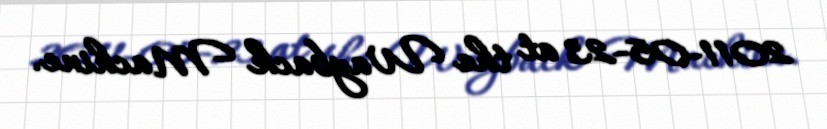
2011-05-23 at the Wayback Machine.